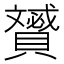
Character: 𧸠